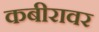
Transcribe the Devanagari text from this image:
कबीरावर